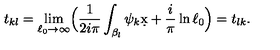
t _ { k l } = \lim _ { \ell _ { 0 } \rightarrow \infty } \Bigl ( { \frac { 1 } { 2 i \pi } } \int _ { \beta _ { l } } \psi _ { k } \d x + { \frac { i } { \pi } } \ln \ell _ { 0 } \Bigr ) = t _ { l k } .